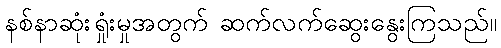
နစ်နာဆုံးရှုံးမှုအတွက် ဆက်လက်ဆွေးနွေးကြသည်။